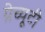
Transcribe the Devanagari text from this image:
ग्रेच्यूटी